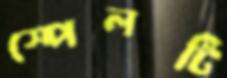
স্পেলটি